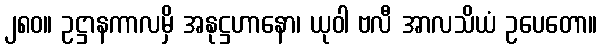
၂၈၀။ ဥဋ္ဌာနကာလမှိ အနုဋ္ဌဟာနော၊ ယုဝါ ဗလီ အာလသိယံ ဥပေတော။